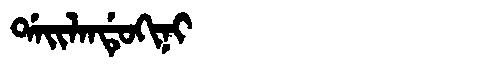
Manchu: ᡩᠠᡳᠯᠠᠨᡩᡠᡴᡳᠨᡳ
Romanization: DAILANDUKINI